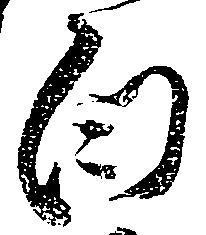
白